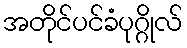
အတိုင်ပင်ခံပုဂ္ဂိုလ်